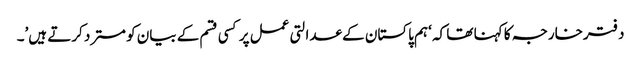
دفترخارجہ کا کہنا تھا کہ ‘ہم پاکستان کے عدالتی عمل پر کسی قسم کے بیان کو مسترد کرتے ہیں’۔